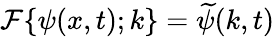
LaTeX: {\cal{F}}\{ \psi(x,t);k\} =\widetilde{\psi}(k,t)